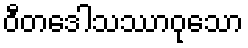
ဝီတဒေါသဿာဝုသော